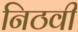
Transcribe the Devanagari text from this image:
निठवी